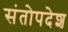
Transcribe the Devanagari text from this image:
संतोपदेश